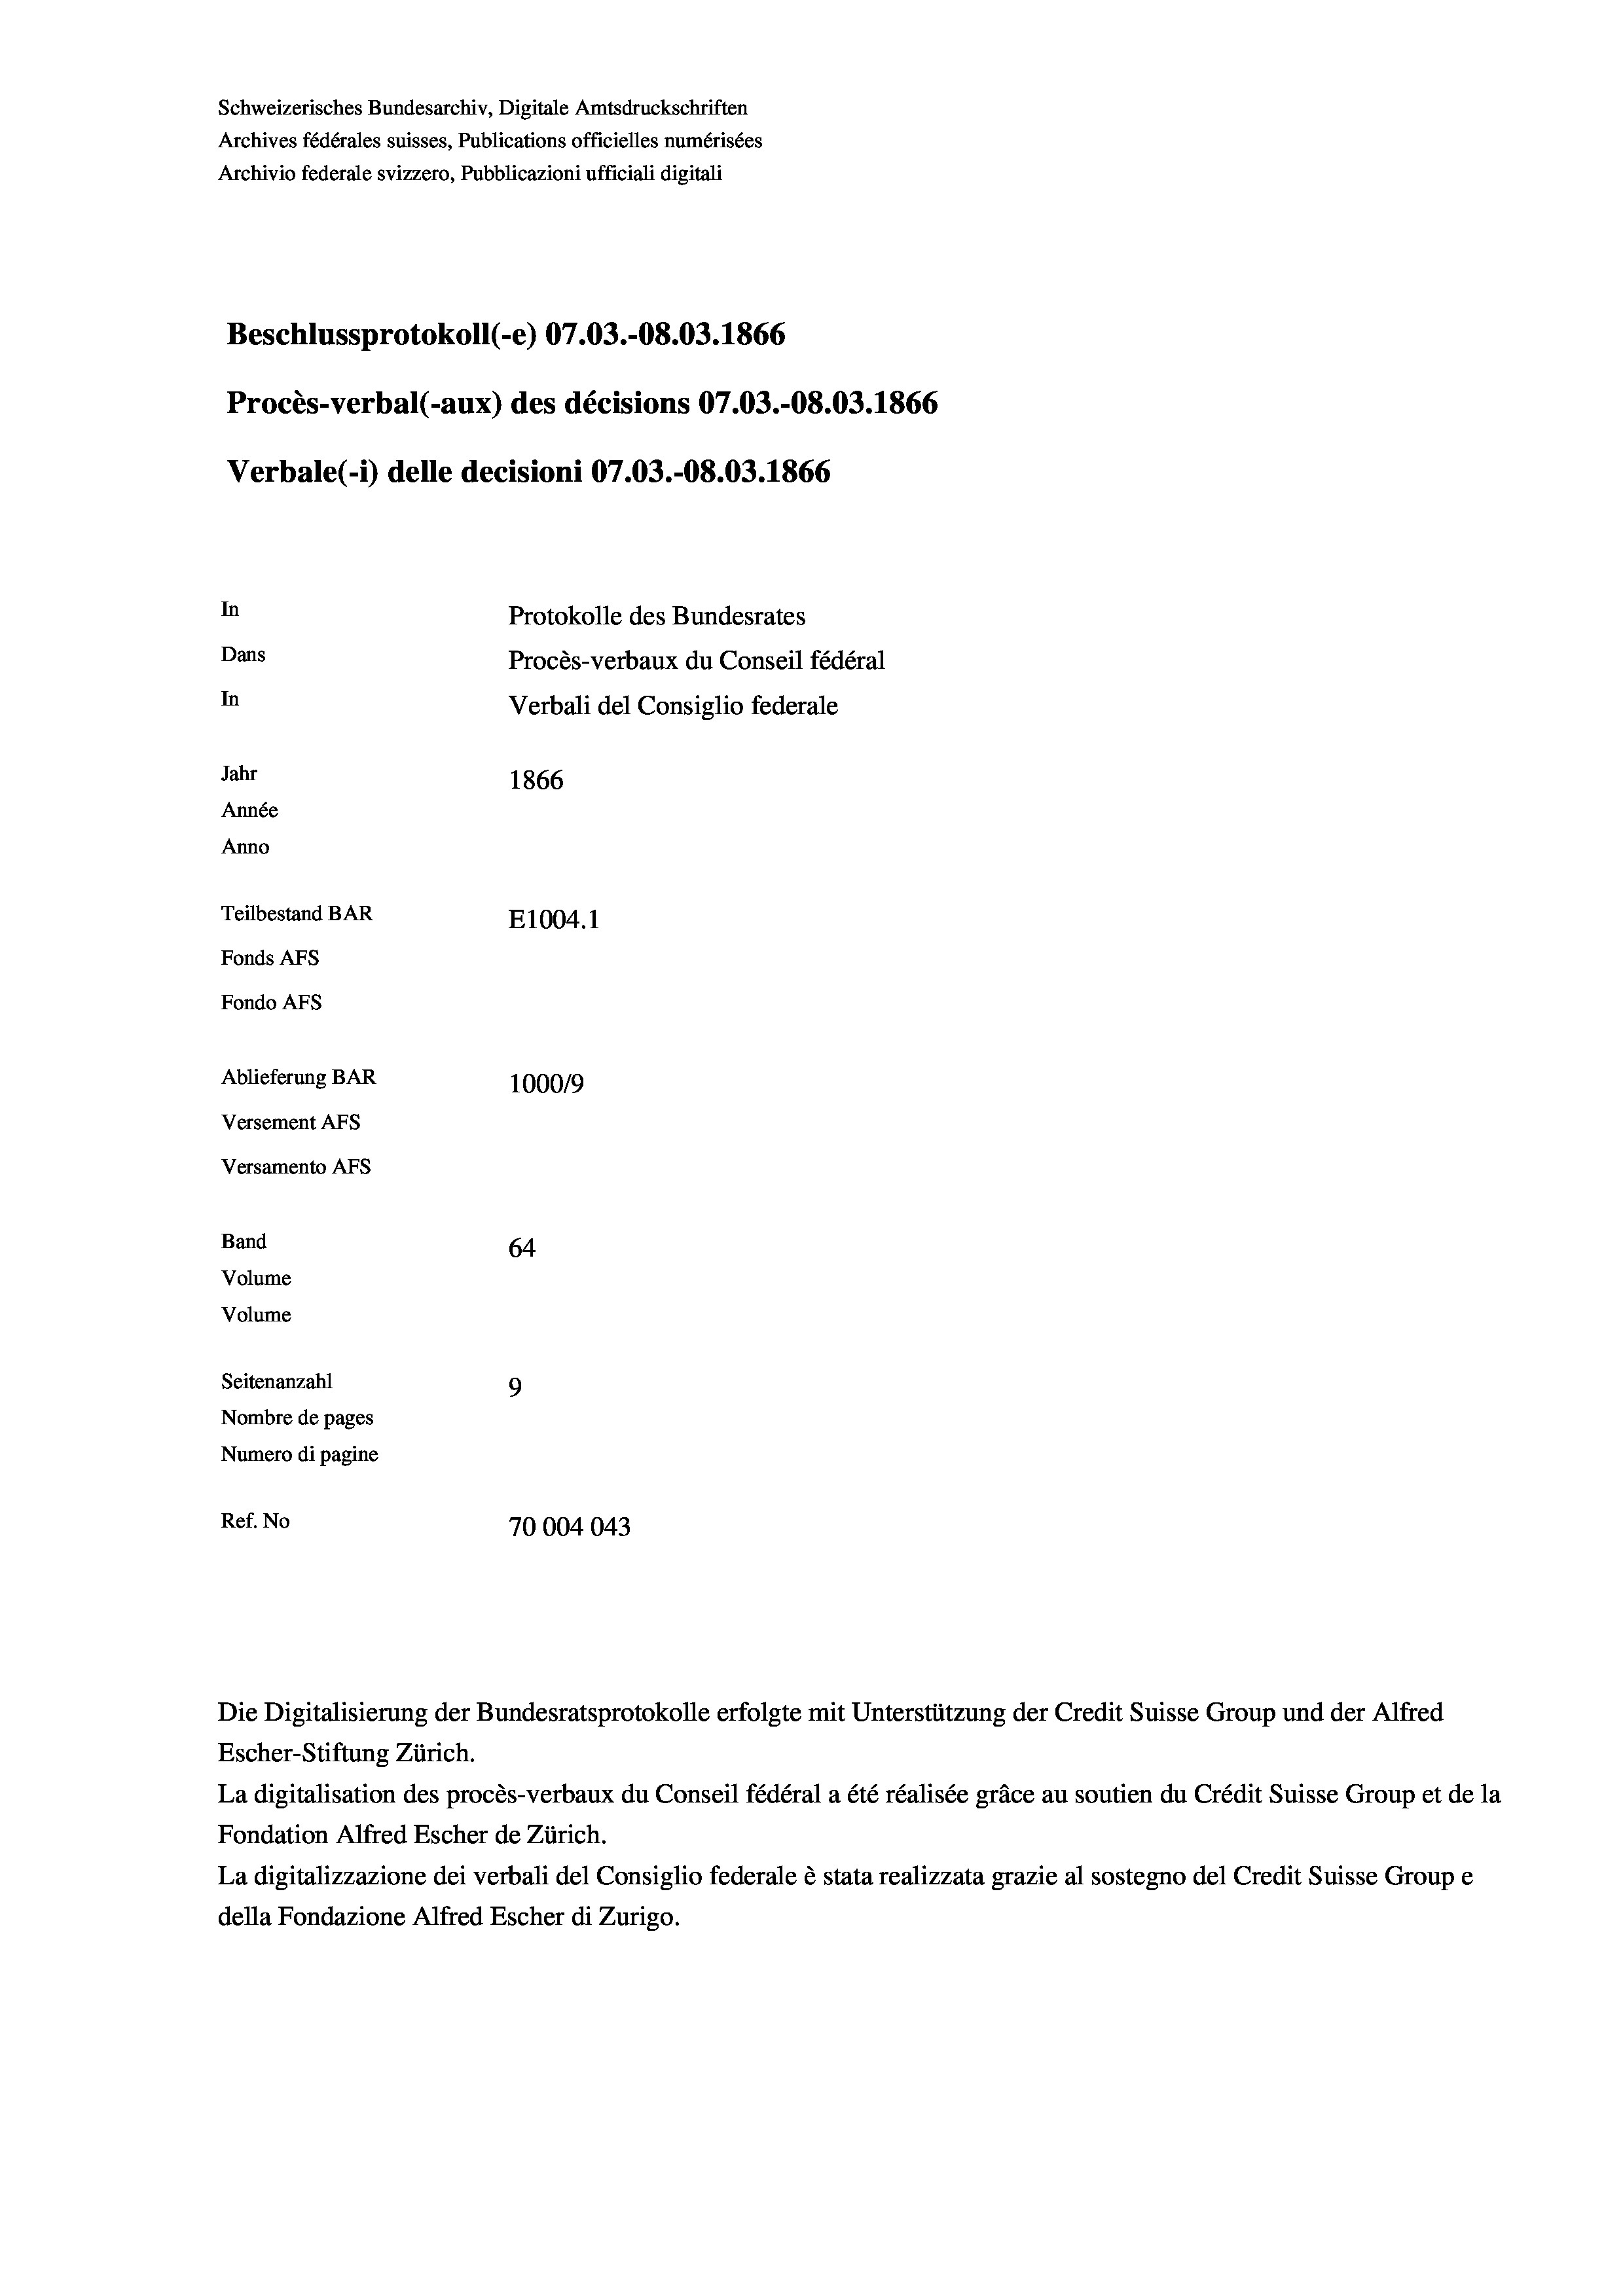
Schweizerisches Bundesarchiv, Digitale Amtsdruckschriften
Archives fédérales suisses, Publications officielles numérisées
Archivio federale svizzero, Pubblicazioni ufficiali digitali
Beschlussprotokoll (-e) 07.03.-08.03. 1866
Procès-verbal (-aux) des décisions 07.03.-08.03. 1866
Verbale(-*) delle decisioni 07.03.-08.03. 1866
In
Protokolle des Bundesrates
Dans
Procès-verbaux du Conseil fédéral
In
Verbali del Consiglio federale
Jahr
1866
Année
Anno
Teilbestand BAR
E1004.1
Fonds AFs
Fondo Afs
Ablieferung BAR
100019
Versement AFs
Versamento AFs
Band
64
Volume
Volume

Seitenanzahl
9
Nombre de pages
Numero di pagine
Ref. No
70004043

Escher-Stiftung Zürich.
La digitalisation des procès-verbaux du Conseil fédéral a été réalisée gräce au soutien du Crédit Suisse Group et de la
Fondation Alfred Escher de Zürich.
La digitalizzazione dei verbali del Consiglio federale è stata realizzata grazie al sostegno del Credit Suisse Groupe
della Fondazione Alfred Escher di Zurigo.

Die Digitalisierung der Bundesratsprotokolle erfolgte mit Unterstützung der Credit Suisse Group und der Alfred